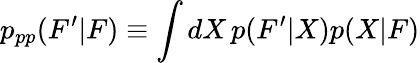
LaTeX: p_{pp}(F^{\prime}|F)\equiv\int dX\, p(F^{\prime}|X)p(X|F)